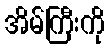
အိမ်ကြီးကို